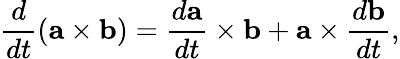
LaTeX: {\frac{d}{dt}}(\mathbf{a}\times\mathbf{b})={\frac{d\mathbf{a}}{dt}}\times\mathbf{b}+\mathbf{a}\times{\frac{d\mathbf{b}}{dt}},